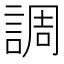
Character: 調